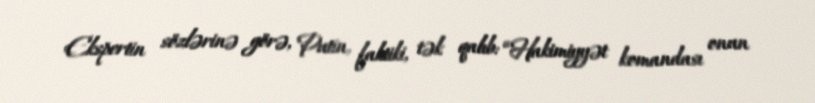
Ekspertin sözlərinə görə, Putin, faktiki, tək qalıb: “Hakimiyyət komandası onun